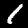
Label: 1